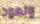
ونعود